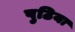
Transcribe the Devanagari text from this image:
पुठिया